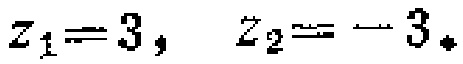
\(z_{1}=3,\ z_{2}=-3.\)